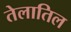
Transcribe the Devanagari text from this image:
तेलातिल